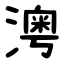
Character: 澚